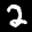
Label: 2